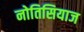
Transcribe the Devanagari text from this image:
नोतिसियाज